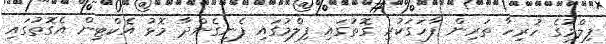
ފިލްމުގެ ހުރިހާ ތަރިން ފާހަގަކުރި ގޮތުގައި ފިލްމުގައި ފެނިގެންދާ މޮޅު އެކްޓިން އެގޮތުގައި